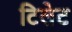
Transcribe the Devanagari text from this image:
टिलेट